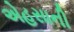
એહસાની